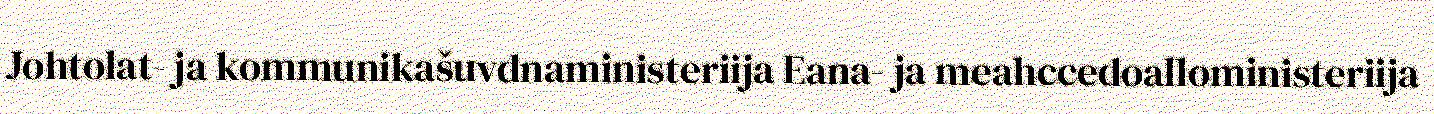
Johtolat- ja kommunikašuvdnaministeriija Eana- ja meahccedoalloministeriija